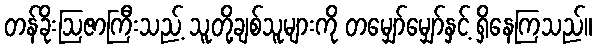
တန်ခိုးဩဇာကြီးသည့် သူတို့ချစ်သူများကို တမျှော်မျှော်နှင့် ရှိနေကြသည်။